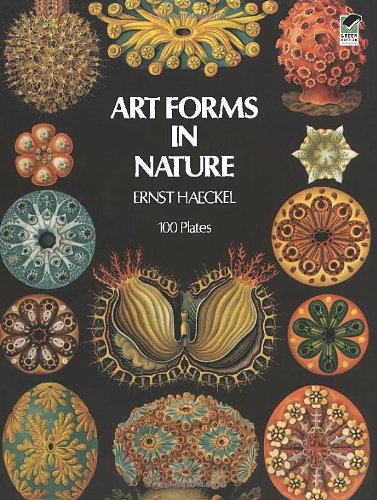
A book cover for Art Forms in Nature (Dover Pictorial Archive); Ernst Haeckel; Arts & Photography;